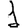
Digit: 1